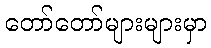
တော်တော်များများမှာ